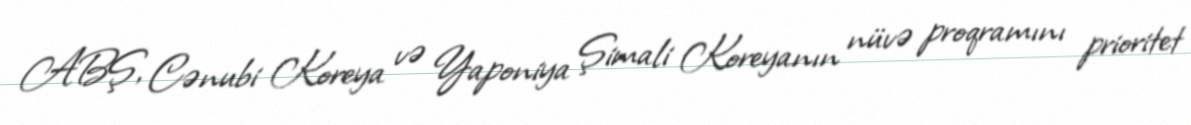
ABŞ, Cənubi Koreya və Yaponiya Şimali Koreyanın nüvə proqramını prioritet